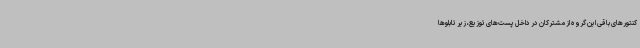
کنتورهای باقی این گروه از مشترکان در داخل پست‌های توزیع، زیر تابلوها